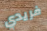
فريدي